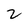
Character: 2